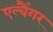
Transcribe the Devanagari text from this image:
एल्वैंगर